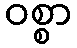
ဝစ္စာ